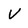
Character: V